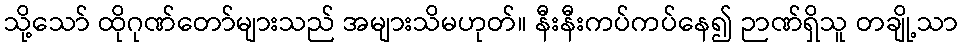
သို့သော် ထိုဂုဏ်တော်များသည် အများသိမဟုတ်။ နီးနီးကပ်ကပ်နေ၍ ဉာဏ်ရှိသူ တချို့သာ